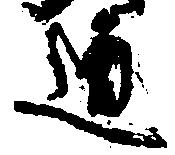
道